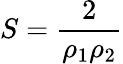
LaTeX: S={\frac{2}{\rho_{1}\rho_{2}}}